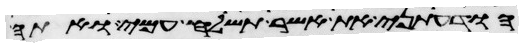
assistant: הודעתני את אשר תשלח עמי ואתה